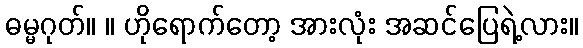
ဓမ္မဂုတ်။ ။ ဟိုရောက်တော့ အားလုံး အဆင်ပြေရဲ့လား။